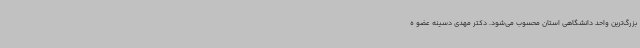
بزرگ‌ترین واحد دانشگاهی استان محسوب می‌شود. دکتر مهدی دسینه عضو ه